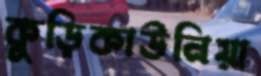
কুড়িকাউনিয়া